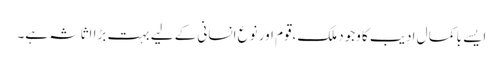
ایسے با کما ل ادیب کا وجود ملک،قوم اور نوع انسانی کے لیے بہت بڑا اثاثہ ہے۔